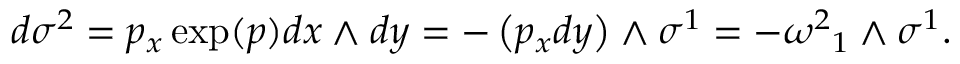
d \sigma ^ { 2 } = p _ { x } \exp ( p ) d x \wedge d y = - \left( p _ { x } d y \right) \wedge \sigma ^ { 1 } = - { \omega ^ { 2 } } _ { 1 } \wedge \sigma ^ { 1 } .